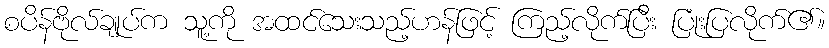
စပိန်ဗိုလ်ချုပ်က သူ့ကို အထင်သေးသည့်ဟန်ဖြင့် ကြည့်လိုက်ပြီး ပြုံးပြလိုက်၏။